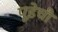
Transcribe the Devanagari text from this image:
पूडेची